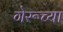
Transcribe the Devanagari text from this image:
गेरूच्या